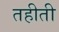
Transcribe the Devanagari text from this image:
तहीती